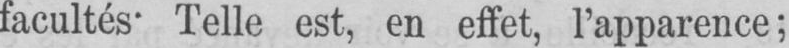
facultés. Telle est, en effet, l’apparence;